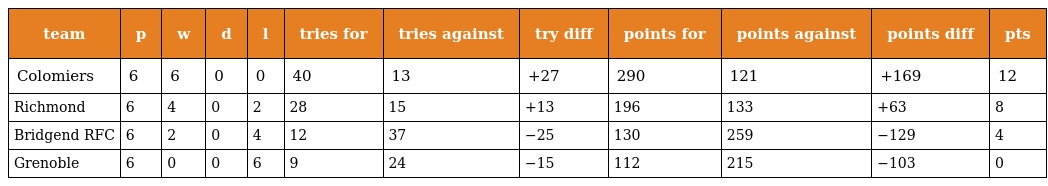
| team | p | w | d | l | tries for | tries against | try diff | points for | points against | points diff | pts |
 | --- | --- | --- | --- | --- | --- | --- | --- | --- | --- | --- | --- |
 | Colomiers | 6 | 6 | 0 | 0 | 40 | 13 | +27 | 290 | 121 | +169 | 12 |
 | Richmond | 6 | 4 | 0 | 2 | 28 | 15 | +13 | 196 | 133 | +63 | 8 |
 | Bridgend RFC | 6 | 2 | 0 | 4 | 12 | 37 | −25 | 130 | 259 | −129 | 4 |
 | Grenoble | 6 | 0 | 0 | 6 | 9 | 24 | −15 | 112 | 215 | −103 | 0 |